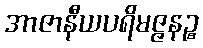
အာဇာနီယပရိမဇ္ဇနဉ္စ